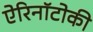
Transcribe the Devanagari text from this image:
ऐरिनॉटोकी